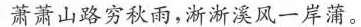
萧萧山路穷秋雨，淅淅溪风一岸蒲。